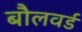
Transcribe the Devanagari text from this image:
बौलवर्ड